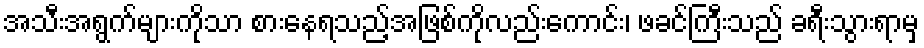
အသီးအရွက်များကိုသာ စားနေရသည့်အဖြစ်ကိုလည်းကောင်း၊ ဖခင်ကြီးသည် ခရီးသွားရာမှ